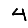
Digit: 4